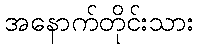
အနောက်တိုင်းသား